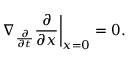
\left. \nabla _ { \frac { \partial } { \partial t } } { \frac { \partial } { \partial x } } \right| _ { x = 0 } = 0 .